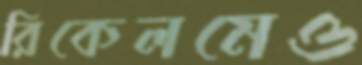
রিকেলমেও